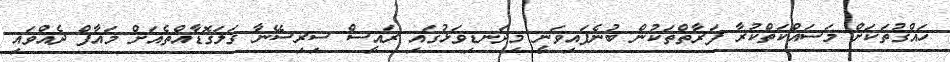
ހައްގުތަކަށް މަސައްކަތްކުރާ ފަރާތްތަކުން ބުނެފައިވަނީ މިދަނޑިވަޅުގައި ރައީސް ސިރިސޭނާ ގަލަގޮޑާއްތެއަށް މައާފް ދެއްވައި